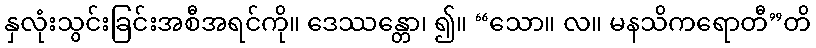
နှလုံးသွင်းခြင်းအစီအရင်ကို။ ဒေဿန္တော၊ ၍။ “သော။ လ။ မနသိကရောတီ”တိ